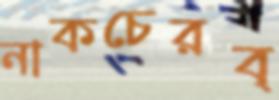
নাকচেরব্